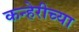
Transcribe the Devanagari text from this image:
कन्हेरीच्या